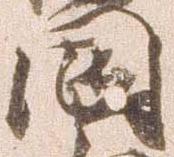
国